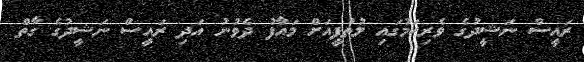
ރައީސް ނަޝީދުގެ ވެރިކަމުގައި ލުތުފީއަށް މައާފު ދެވުނު އަދި ރައީސް ނަޝީދުގެ ގާތް